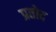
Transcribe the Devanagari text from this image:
प्रतोद